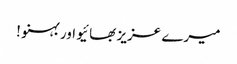
میرے عزیز بھائیو اور بہنو !